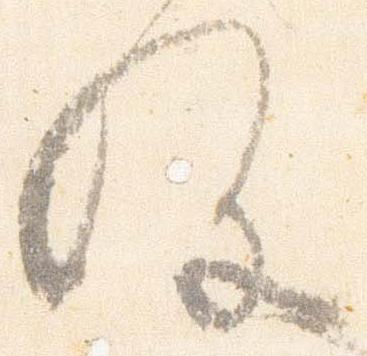
存